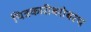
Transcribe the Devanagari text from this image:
चित्रकारीबरोबरच